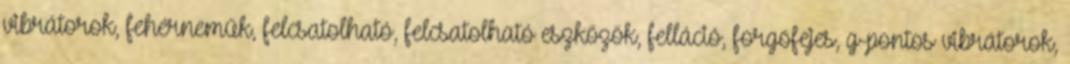
vibrátorok, fehérneműk, felcsatolható, felcsatolható eszközök, felláció, forgófejes, g-pontos vibrátorok,